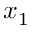
x _ { 1 }